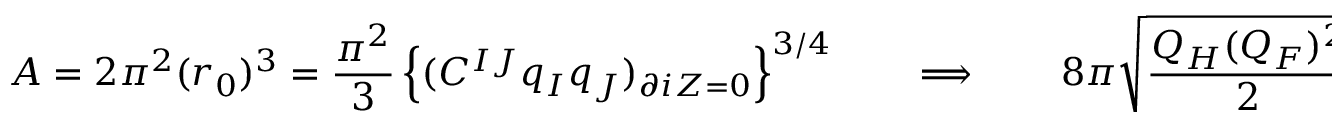
A = 2 \pi ^ { 2 } ( r _ { 0 } ) ^ { 3 } = { \frac { \pi ^ { 2 } } { 3 } } \left\{ ( C ^ { I J } q _ { I } q _ { J } ) _ { \partial i Z = 0 } \right\} ^ { 3 / 4 } \qquad \Longrightarrow \qquad 8 \pi \sqrt { \frac { Q _ { H } ( Q _ { F } ) ^ { 2 } } { 2 } } \ ,